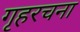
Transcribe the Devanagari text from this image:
गृहरचना